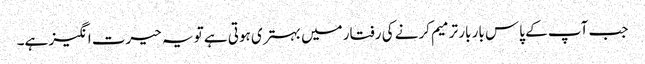
جب آپ کے پاس بار بار ترمیم کرنے کی رفتار میں بہتری ہوتی ہے تو یہ حیرت انگیز ہے۔